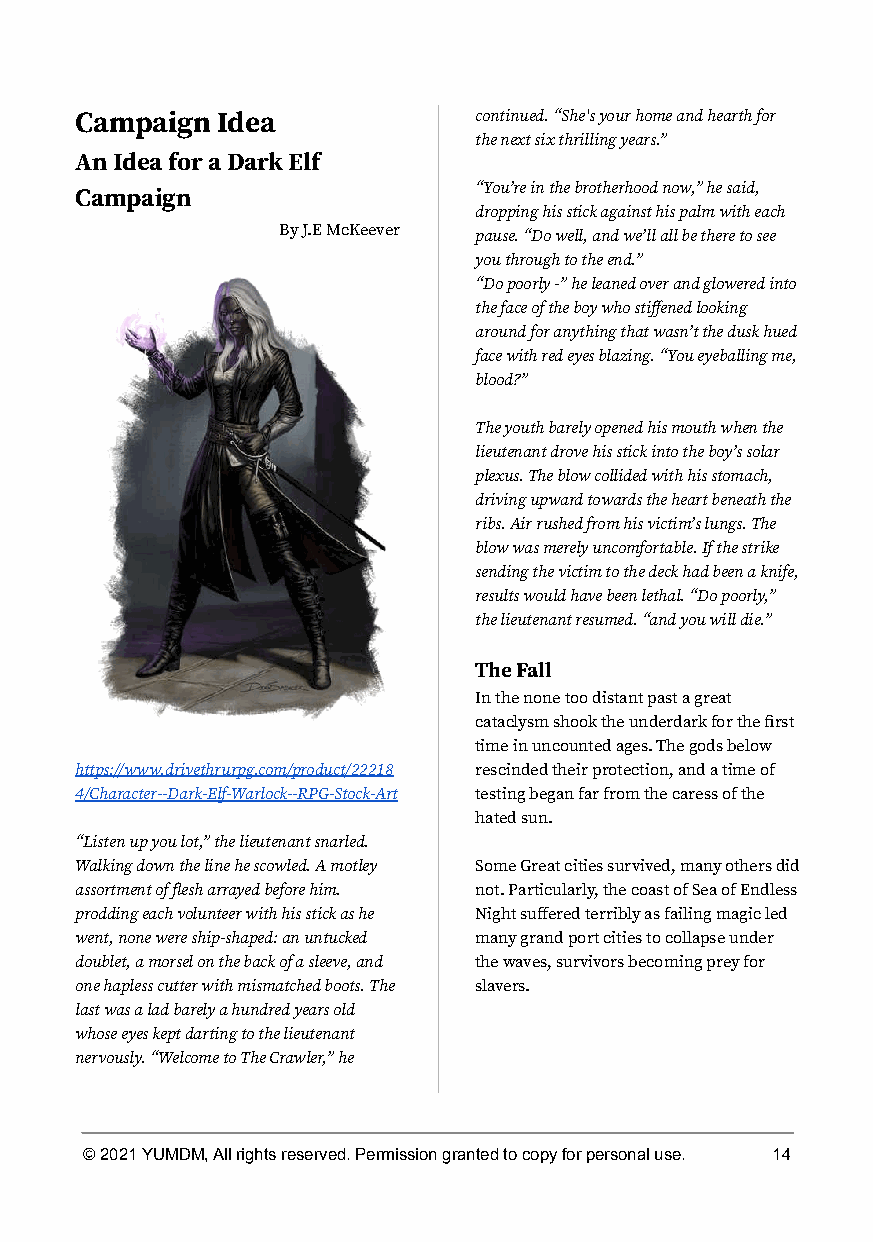
Campaign Idea             continued. “She's your home and hearth for
 the next six thrilling years.”
 An Idea for a Dark Elf
 “Youʼre in the brotherhood now,” he said,
 Campaign
 dropping his stick against his palm with each
 By J.E McKeever pause. “Do well, and weʼll all be there to see
 you through to the end.”
 “Do poorly -” he leaned over and glowered into
 the face of the boy who stiffened looking
 around for anything that wasnʼt the dusk hued
 face with red eyes blazing. “You eyeballing me,
 blood?”
 The youth barely opened his mouth when the
 lieutenant drove his stick into the boyʼs solar
 plexus. The blow collided with his stomach,
 driving upward towards the heart beneath the
 ribs. Air rushed from his victimʼs lungs. The
 blow was merely uncomfortable. If the strike
 sending the victim to the deck had been a knife,
 results would have been lethal. “Do poorly,”
 the lieutenant resumed. “and you will die.”
 The Fall
 In the none too distant past a great
 cataclysm shook the underdark for the first
 time in uncounted ages. The gods below
 https://www.drivethrurpg.com/product/22218 rescinded their protection, and a time of
 4/Character--Dark-Elf-Warlock--RPG-Stock-Art testing began far from the caress of the
 hated sun.
 “Listen up you lot,” the lieutenant snarled.
 Walking down the line he scowled. A motley Some Great cities survived, many others did
 assortment of flesh arrayed before him. not. Particularly, the coast of Sea of Endless
 prodding each volunteer with his stick as he Night suffered terribly as failing magic led
 went, none were ship-shaped: an untucked many grand port cities to collapse under
 doublet, a morsel on the back of a sleeve, and the waves, survivors becoming prey for
 one hapless cutter with mismatched boots. The slavers.
 last was a lad barely a hundred years old
 whose eyes kept darting to the lieutenant
 nervously. “Welcome to The Crawler,” he
 © 2021 YUMDM, All rights reserved. Permission granted to copy for personal use. 14